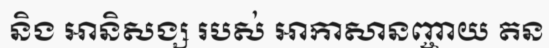
និង ឤនិសង្ស របស់ ឤកាសានញ្ចាយ តន